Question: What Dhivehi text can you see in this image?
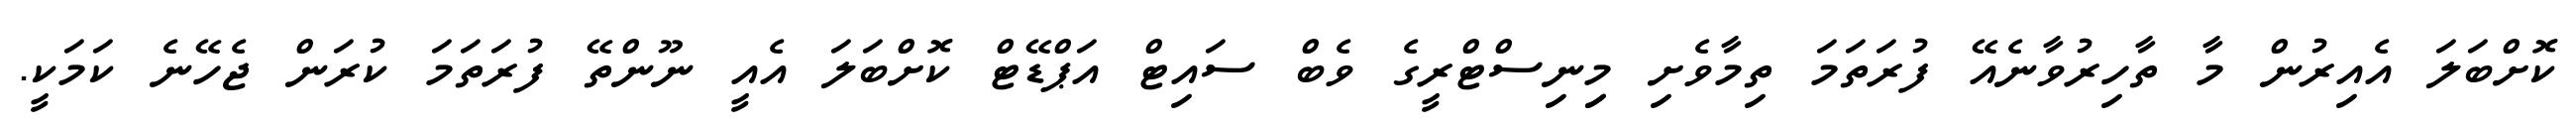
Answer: ކޮށްބަލަ އެއިރުން މާ ތާހިރުވާނެއޭ ފުރަތަމަ ތިމާވެށި މިިނިސްޓްރީގެ ވެބް ސައިޓް އަޕްޑޭޓް ކޮށްބަލަ އެއީ ނޫންތޭ ފުރަތަމަ ކުރަން ޖެހޭނެ ކަމަކީ.